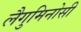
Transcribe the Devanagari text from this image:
लैगुमिनोसी